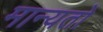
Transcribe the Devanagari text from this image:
मान्यतो